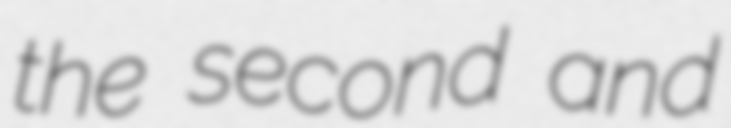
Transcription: the second and